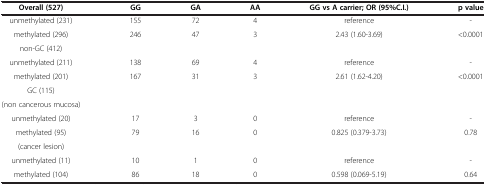
| Overall (527) | GG | GA | AA | GG vs A carrier; OR (95%C.I.) | p value |
 | --- | --- | --- | --- | --- | --- |
 | unmethylated (231) | 155 | 72 | 4 | reference | - |
 | methylated (296) | 246 | 47 | 3 | 2.43 (1.60-3.69) | <0.0001 |
 | non-GC (412) |  |  |  |  |  |
 | unmethylated (211) | 138 | 69 | 4 | reference | - |
 | methylated (201) | 167 | 31 | 3 | 2.61 (1.62-4.20) | <0.0001 |
 | GC (115) |  |  |  |  |  |
 | (non cancerous mucosa) |  |  |  |  |  |
 | unmethylated (20) | 17 | 3 | 0 | reference | - |
 | methylated (95) | 79 | 16 | 0 | 0.825 (0.379-3.73) | 0.78 |
 | (cancer lesion) |  |  |  |  |  |
 | unmethylated (11) | 10 | 1 | 0 | reference | - |
 | methylated (104) | 86 | 18 | 0 | 0.598 (0.069-5.19) | 0.64 |